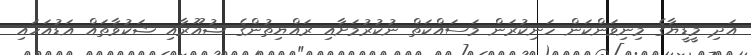
އަދި މީޑީޔާގެ މިނިވަންކަން ހަނިކުރަން މަސައްކަތް ނުކުރުމަށާއި ރައްޔިތުންގެ ޝުއޫރާއި ޝަކުވާތައް އަޑުއަހައި